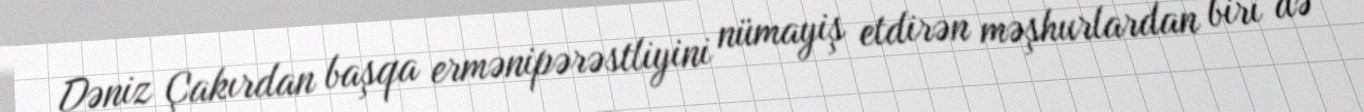
Dəniz Çakırdan başqa ermənipərəstliyini nümayiş etdirən məşhurlardan biri də